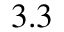
3 . 3